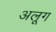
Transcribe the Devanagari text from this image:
अलूग